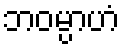
ဘဝမ္ပာဟံ